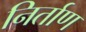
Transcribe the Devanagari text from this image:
निर्ताण